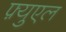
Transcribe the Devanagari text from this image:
फ़्युएल